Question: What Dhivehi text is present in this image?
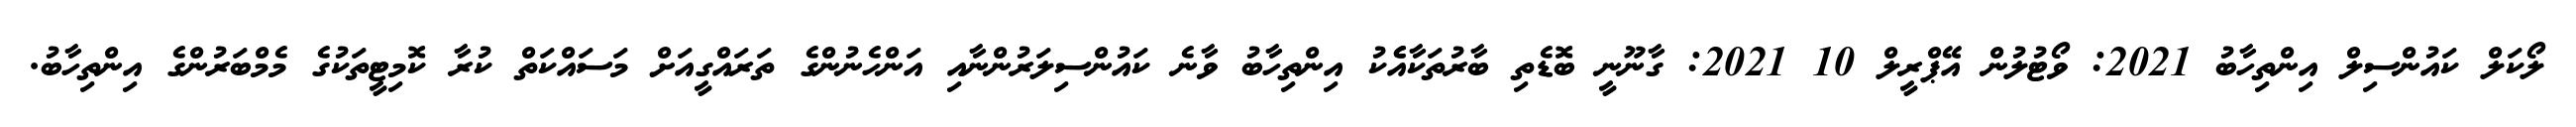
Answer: ލޯކަލް ކައުންސިލް އިންތިހާބު 2021: ވޯޓުލުން އޭޕްރީލް 10 2021: ގާނޫނީ ބޮޑެތި ބާރުތަކާއެެކު އިންތިހާބު ވާނެ ކައުންސިލަރުންނާއި އަންހެނުންގެ ތަރައްގީއަށް މަސައްކަތް ކުރާ ކޮމިޓީތަކުގެ މެމްބަރުންގެ އިންތިހާބު.